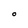
Character: O